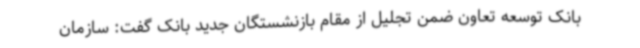
بانک توسعه تعاون ضمن تجلیل از مقام بازنشستگان جدید بانک گفت: سازمان